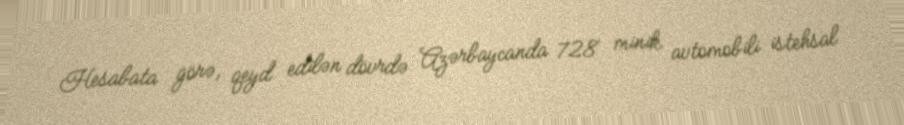
Hesabata görə, qeyd edilən dövrdə Azərbaycanda 728 minik avtomobili istehsal